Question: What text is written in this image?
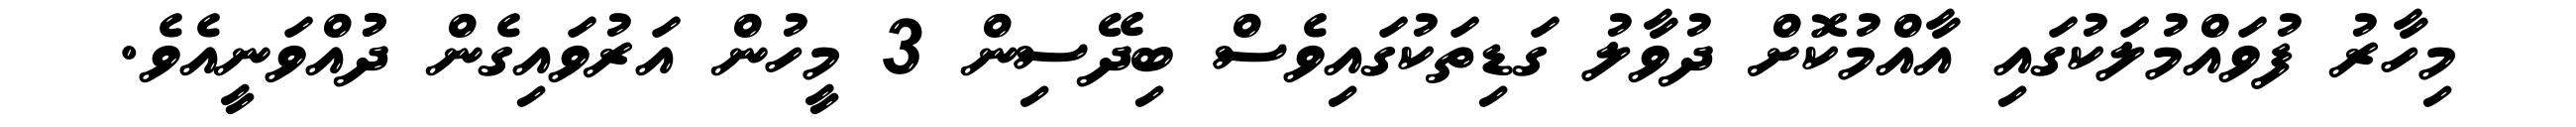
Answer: މިހާރު ފުވައްމުލަކުގައި އާއްމުކޮށް ދުވާލު ގަޑިތަކުގައިވެސް ބިދޭސިން 3 މީހުން އަރުވައިގެން ދުުއްވަނީއެވެ.